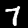
Digit: 7